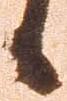
候